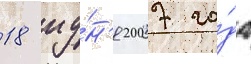
18 иу́н'я 2007 го́да